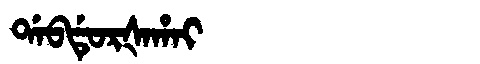
Manchu: ᡩᠠᠪᡩᡠᡵᡧᠠᡥᠠᡳ
Romanization: DABDURŠAHAI